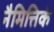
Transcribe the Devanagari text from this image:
नैमित्तिकं